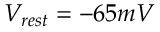
V _ { r e s t } = - 6 5 m V